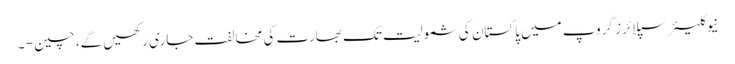
نیوکلیئرسپلائرز گروپ میں پاکستان کی شمولیت تک بھارت کی مخالفت جاری رکھیں گے، چین - ۔